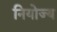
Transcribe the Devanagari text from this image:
नियोज्य